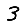
Digit: 3